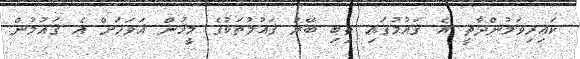
ކައިރިވަމުންދާތީ އެ ޤައުމުގައި ތިބި ބޭރު ޤައުމުތަކުގެ މީހުން އަވަހަށް އެ ޤައުމުން